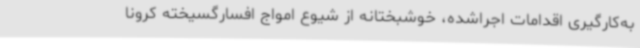
به‌کارگیری اقدامات اجراشده، خوشبختانه از شیوع امواج افسارگسیخته کرونا